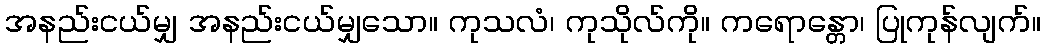
အနည်းငယ်မျှ အနည်းငယ်မျှသော။ ကုသလံ၊ ကုသိုလ်ကို။ ကရောန္တော၊ ပြုကုန်လျက်။